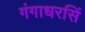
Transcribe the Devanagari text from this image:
गंगाधरसिं